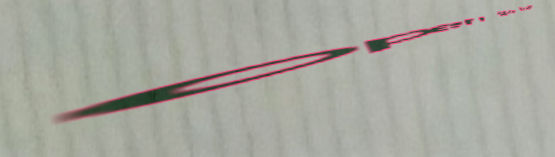
open 24 hours